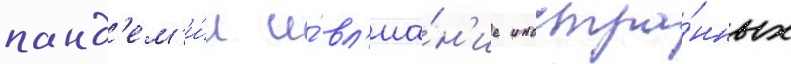
панд'ем'и́и и́ вл'иа́н'ие иностра́нных